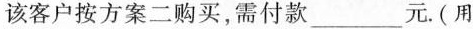
该客户按方案二购买，需付款_元。(用